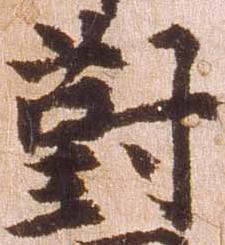
対